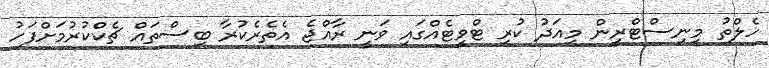
ހެލްތު މިނިސްޓްރީން މިއަދު ކުރި ޓްވީޓެއްގައި ވަނީ ރާއްޖެ އެތެރެކުރާ ބިސްތައް ޗެކްކުރުމަށްފަހު